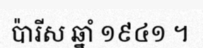
ប៉ារីស ឆ្នាំ ១៩៤១ ។